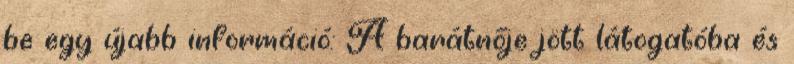
be egy újabb információ: A barátnője jött látogatóba és